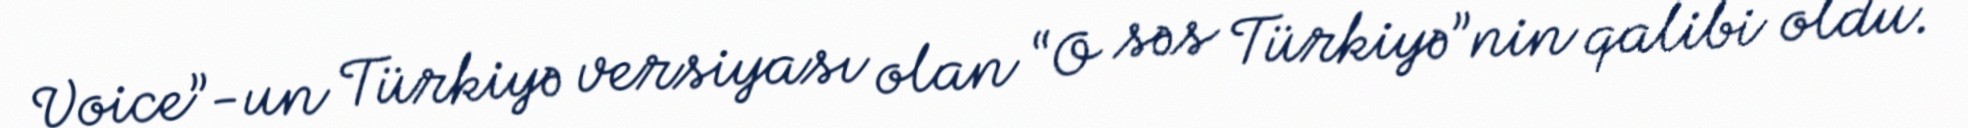
Voice”-un Türkiyə versiyası olan “O səs Türkiyə”nin qalibi oldu.